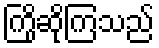
ကြိုဆိုကြသည်